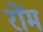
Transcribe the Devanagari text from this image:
रोंम